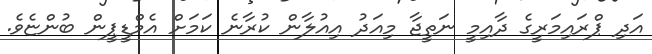
އަދި ޕްރައިމަރީގެ ދާއިމީ ނަތީޖާ މިއަދު އިއުލާން ކުރާނެ ކަމަށް އެމްޑީޕީން ބުންޏެވެ.